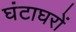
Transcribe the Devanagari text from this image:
घंटाघरों